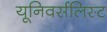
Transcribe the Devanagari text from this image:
यूनिवर्सलिस्ट